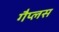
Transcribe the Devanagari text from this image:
गैप्लस